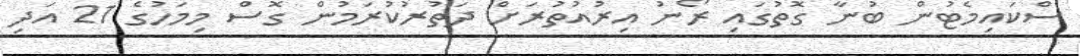
ސްކައިމެޓުން ބުނާ ގޮތުގައި ރޯނު އިރުއުތުރަށް ދަތުރުކުރަމުން ގޮސް މިމަހުގެ 21 އަދި